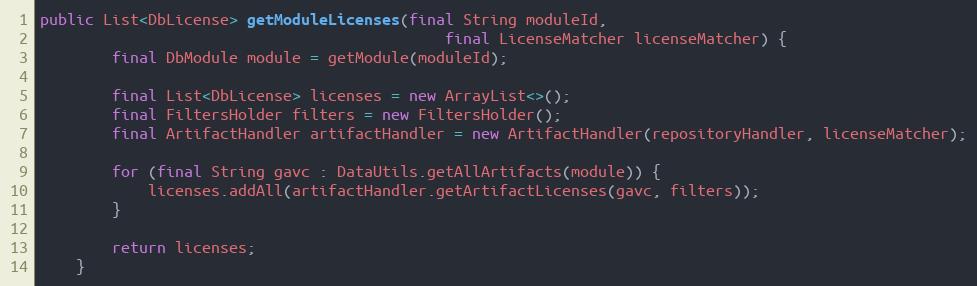
Language: Java
public List<DbLicense> getModuleLicenses(final String moduleId,
                                             final LicenseMatcher licenseMatcher) {
        final DbModule module = getModule(moduleId);

        final List<DbLicense> licenses = new ArrayList<>();
        final FiltersHolder filters = new FiltersHolder();
        final ArtifactHandler artifactHandler = new ArtifactHandler(repositoryHandler, licenseMatcher);

        for (final String gavc : DataUtils.getAllArtifacts(module)) {
            licenses.addAll(artifactHandler.getArtifactLicenses(gavc, filters));
        }

        return licenses;
    }